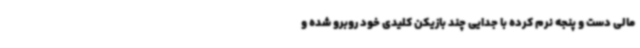
مالی دست و پنجه نرم کرده با جدایی چند بازیکن کلیدی خود روبرو شده و